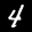
Label: 4